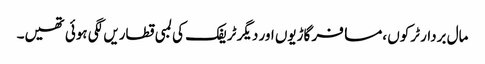
مال بردار ٹرکوں ،مسافر گاڑیوں اور دیگر ٹریفک کی لمبی قطاریں لگی ہوئی تھیں۔